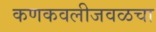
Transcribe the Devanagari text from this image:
कणकवलीजवळचा